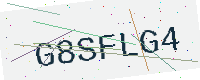
Text: G8SFLG4